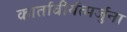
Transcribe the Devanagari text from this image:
कार्तावीर्यत्मर्जुना